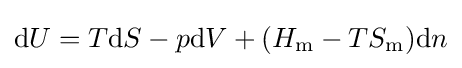
\mathrm {d} U=T\mathrm {d} S-p\mathrm {d} V+(H_{\text{m}}-TS_{\text{m}})\mathrm {d} n